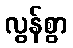
လွန်စွာ